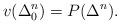
LaTeX: \begin{align*}v(\Delta^n_0) = P(\Delta^n). \end{align*}